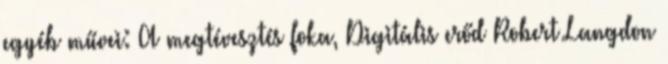
egyéb művei: A megtévesztés foka, Digitális erőd Robert Langdon